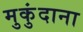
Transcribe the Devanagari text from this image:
मुकुंदाना